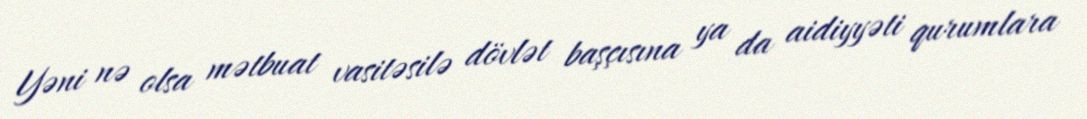
Yəni nə olsa mətbuat vasitəsilə dövlət başçısına ya da aidiyyəti qurumlara